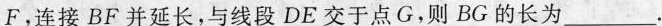
F，连接BF并延长，与线段DE交于点G，则BG的长为___.